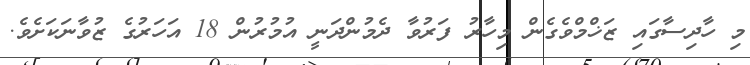
މި ހާދިސާގައި ޒަޚްމްވެގެން މިހާރު ފަރުވާ ދެމުންދަނީ އުމުރުން 18 އަހަރުގެ ޒުވާނަކަށެވެ.